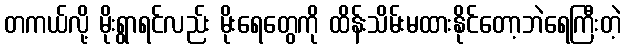
တကယ်လို့ မိုးရွာရင်လည်း မိုးရေတွေကို ထိန်းသိမ်းမထားနိုင်တော့ဘဲရေကြီးတဲ့